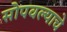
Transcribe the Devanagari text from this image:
सोपवल्याचे